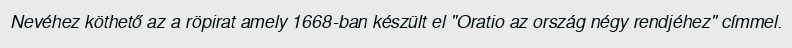
Nevéhez köthető az a röpirat amely 1668-ban készült el "Oratio az ország négy rendjéhez" címmel.